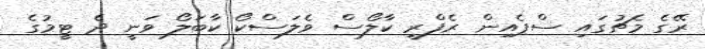
ރޭގެ މެޗުގައި ސްޕެއިން ރެފްރީ ކާލޯސް ވެލަސްކޯ ކާބަލޯ ވަނީ ދެ ޓީމުގެ